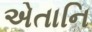
એતાનિ